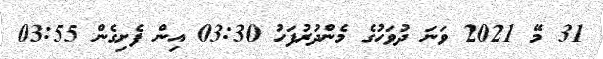
31 މޭ 2021 ވަނަ ދުވަހުގެ މެންދުރުފަހު 03:30 އިން ފެށިގެން 03:55